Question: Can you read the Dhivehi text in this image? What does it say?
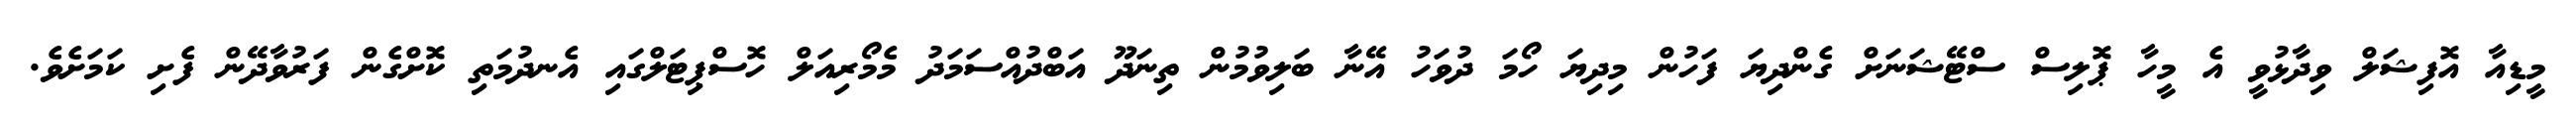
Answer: މީޑިއާ އޮފިޝަލް ވިދާޅުވީ އެ މީހާ ޕޮލިސް ސްޓޭޝަނަށް ގެންދިޔަ ފަހުން މިދިޔަ ހޯމަ ދުވަހު އޭނާ ބަލިވުމުން ތިނަދޫ އަބްދުއްސަމަދު މެމޯރިއަލް ހޮސްޕިޓަލްގައި އެނދުމަތި ކޮށްގެން ފަރުވާދޭން ފެށި ކަމަށެވެ.